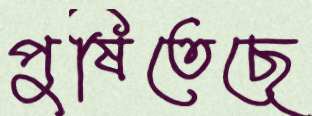
পুষিতেছে